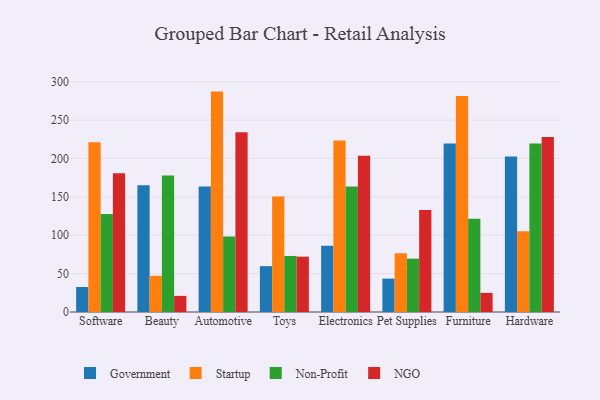
{"axis": {"x": "Category", "y": "Humidity (%)"}, "legend": ["Government", "NGO", "Non-Profit", "Startup"], "data": [{"x": "Software", "y": 32.6, "type": "Government"}, {"x": "Software", "y": 221.0, "type": "Startup"}, {"x": "Software", "y": 127.7, "type": "Non-Profit"}, {"x": "Software", "y": 180.7, "type": "NGO"}, {"x": "Beauty", "y": 165.0, "type": "Government"}, {"x": "Beauty", "y": 47.2, "type": "Startup"}, {"x": "Beauty", "y": 177.9, "type": "Non-Profit"}, {"x": "Beauty", "y": 21.0, "type": "NGO"}, {"x": "Automotive", "y": 163.5, "type": "Government"}, {"x": "Automotive", "y": 287.1, "type": "Startup"}, {"x": "Automotive", "y": 98.5, "type": "Non-Profit"}, {"x": "Automotive", "y": 234.2, "type": "NGO"}, {"x": "Toys", "y": 59.7, "type": "Government"}, {"x": "Toys", "y": 150.3, "type": "Startup"}, {"x": "Toys", "y": 73.0, "type": "Non-Profit"}, {"x": "Toys", "y": 72.1, "type": "NGO"}, {"x": "Electronics", "y": 86.4, "type": "Government"}, {"x": "Electronics", "y": 223.3, "type": "Startup"}, {"x": "Electronics", "y": 163.6, "type": "Non-Profit"}, {"x": "Electronics", "y": 203.5, "type": "NGO"}, {"x": "Pet Supplies", "y": 43.5, "type": "Government"}, {"x": "Pet Supplies", "y": 76.5, "type": "Startup"}, {"x": "Pet Supplies", "y": 69.5, "type": "Non-Profit"}, {"x": "Pet Supplies", "y": 132.9, "type": "NGO"}, {"x": "Furniture", "y": 219.5, "type": "Government"}, {"x": "Furniture", "y": 281.3, "type": "Startup"}, {"x": "Furniture", "y": 121.4, "type": "Non-Profit"}, {"x": "Furniture", "y": 24.9, "type": "NGO"}, {"x": "Hardware", "y": 202.4, "type": "Government"}, {"x": "Hardware", "y": 105.3, "type": "Startup"}, {"x": "Hardware", "y": 219.4, "type": "Non-Profit"}, {"x": "Hardware", "y": 227.8, "type": "NGO"}]}